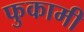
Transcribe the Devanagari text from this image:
फुकामी